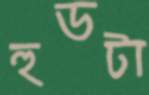
হুডটা